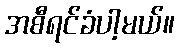
အစီရင်ခံပါ့မယ်။